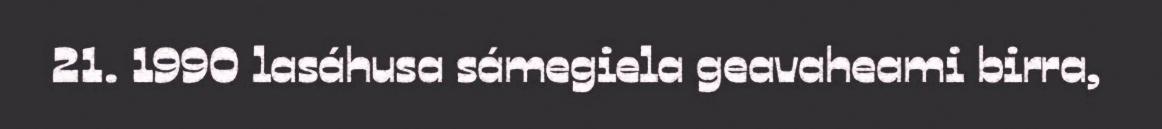
21. 1990 lasáhusa sámegiela geavaheami birra,